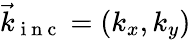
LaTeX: \vec{k}_{\mathrm{~i~n~c~}}=(k_{x},k_{y})